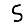
Digit: 5